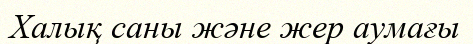
Халық саны жəне жер аумағы